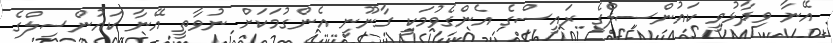
އޭނާ ވިދާޅުވީ ކައުންސިލްގެ ރައީސްގެ އެންގެވުމަކީ ގާނޫނީ އެންގުމަކަށް ނުވާތީ އޭނާ ކައުންސިލްގެ